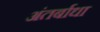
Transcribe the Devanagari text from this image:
अंतर्बाधा